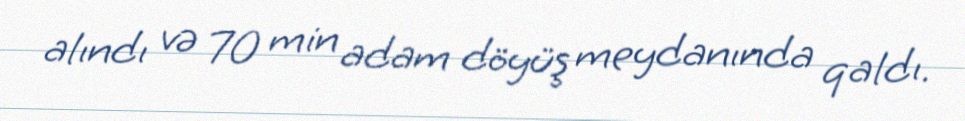
alındı və 70 min adam döyüş meydanında qaldı.